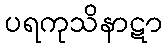
ပရကုသိနာဋာ